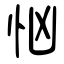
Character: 忷